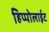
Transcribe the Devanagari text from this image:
हिप्पोलाईट